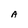
Character: A